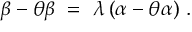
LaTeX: \beta - \theta \beta ~ = ~ \lambda \, ( \alpha - \theta \alpha ) ~ .